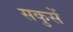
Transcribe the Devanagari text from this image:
सकुसें